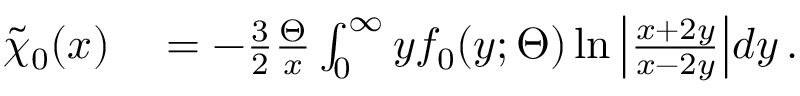
\begin{array} { r l } { \widetilde { \chi } _ { 0 } ( \boldsymbol { x } ) } & { { } = - \frac { 3 } { 2 } \frac { \Theta } { x } \int _ { 0 } ^ { \infty } y f _ { 0 } ( y ; \Theta ) \ln { \left| \frac { x + 2 y } { x - 2 y } \right| } d y \, . } \end{array}